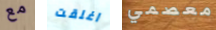
مع اغلقت معصمي